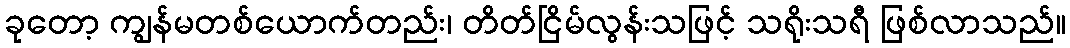
ခုတော့ ကျွန်မတစ်ယောက်တည်း၊ တိတ်ငြိမ်လွန်းသဖြင့် သရိုးသရီ ဖြစ်လာသည်။